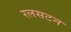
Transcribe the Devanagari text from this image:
रलसटन